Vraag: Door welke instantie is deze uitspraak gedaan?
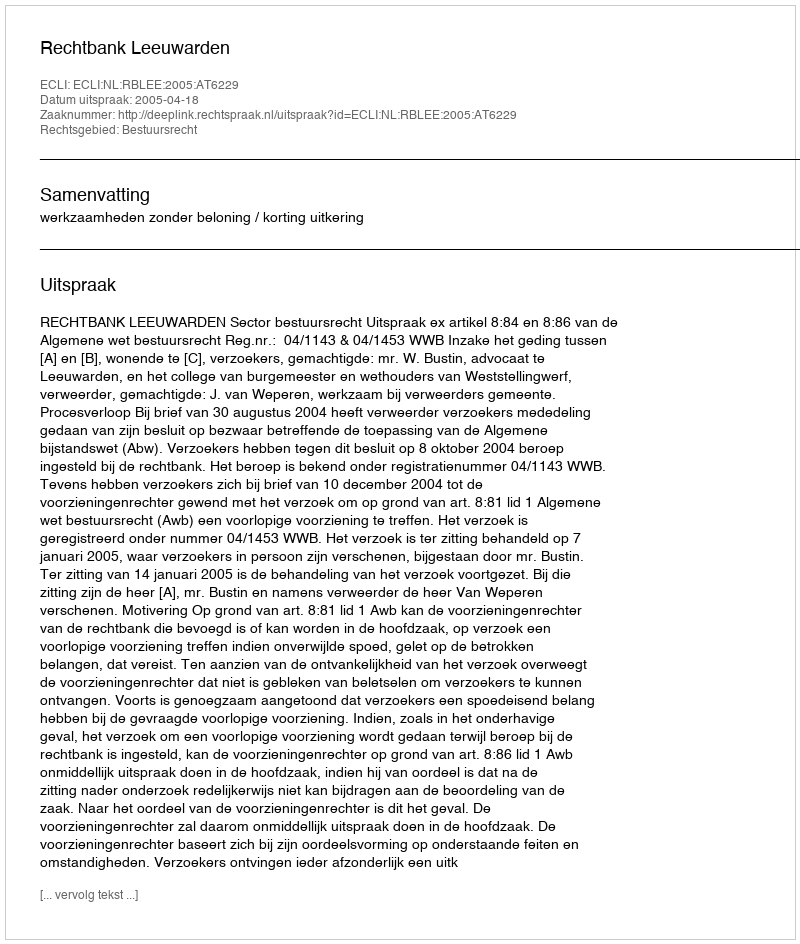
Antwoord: Rechtbank Leeuwarden